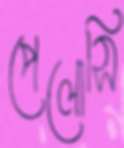
পেলোসি